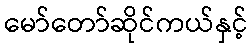
မော်တော်ဆိုင်ကယ်နှင့်